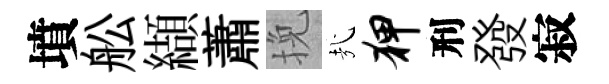
墳舩纈蕭挽㢤狎刑發寂